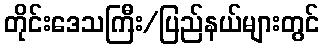
တိုင်းဒေသကြီး/ပြည်နယ်များတွင်